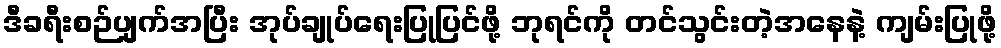
ဒီခရီးစဉ်ပျက်အပြီး အုပ်ချုပ်ရေးပြုပြင်ဖို့ ဘုရင်ကို တင်သွင်းတဲ့အနေနဲ့ ကျမ်းပြုဖို့